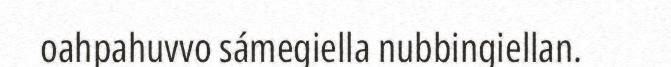
oahpahuvvo sámegiella nubbingiellan.